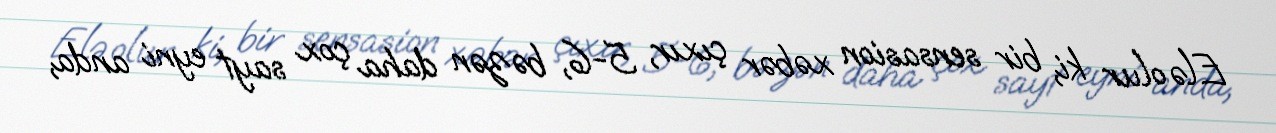
Elə olur ki, bir sensasion xəbər çıxır, 5-6, bəzən daha çox sayt eyni anda,